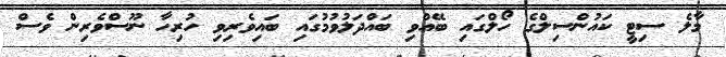
މާލެ ސިޓީ ކައުންސިލްގެ ހޯލްގައި ބޭއްވި ބައްދަލުވުމުގައި ބައިވެރިވި ހުރިހާ ނޫސްވެރިން ވެސް